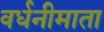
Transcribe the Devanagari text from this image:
वर्धनीमाता